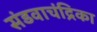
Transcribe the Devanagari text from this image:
संडवाचंद्रिका